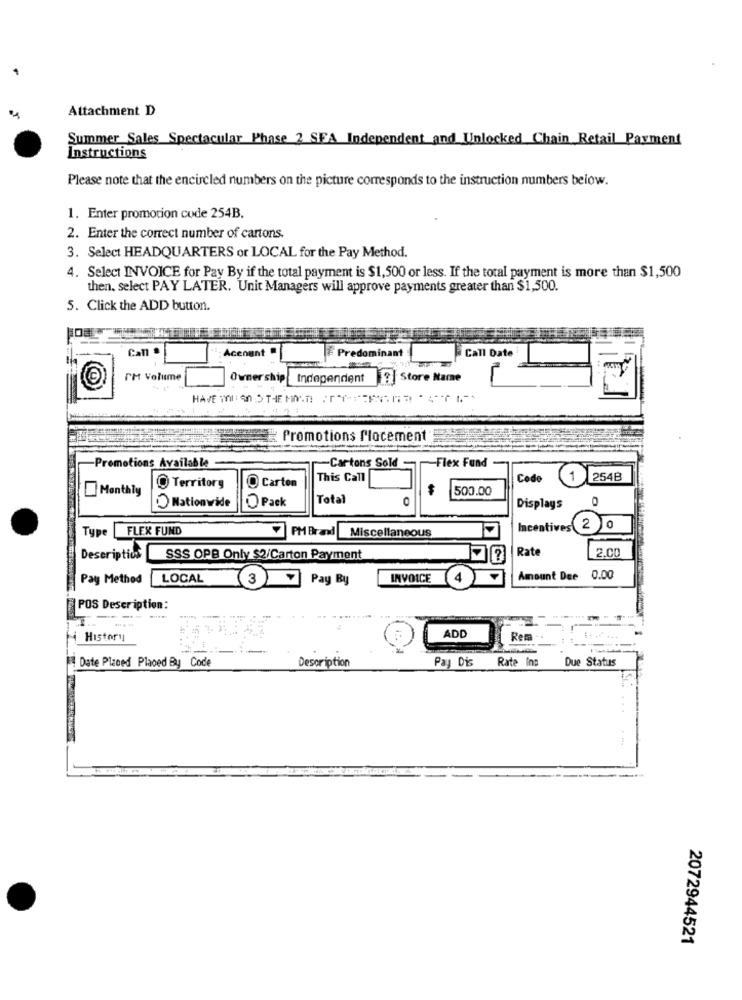
Attachment D
Summer Sales Spectacular Phase 2 SFA Independent and Unlocked Chain_Retail Payment
Instructions
Please note that the encircled numbers on the picture corresponds to the instruction numbers below.
1. Enter promotion code 254B.
2. Enter the correct number of cartons.
3. Select HEADQUARTERS or LOCAL for the Pay Method.
4. Select INVOICE for Pay By if the total payment is $1,500 or less. If the total payment is more than $1,500
then. select PAY LATER. Unit Managers will approve payments greater than $1,500.
5. Click the ADD button.
Can
Account
Predominant
Call Date
IM Volume
Ownership Independent ?] Store Name
Promotions flocement
Flex Fund
-Promotions Available
-Cartons Sold
This Call
Code
1
254B
O Territory
O Carton
500.00
Monthly
0 Pack
Total
O
Nationwide
Displays
Type FLEX FUND
Incentives 2 0
7 PM Bradd Miscellaneous
Rate
2.CO
Descriptions
SSS OPB Only $2/Carton Payment
Pay Method
LOCAL
3 Pay By
INVOICE
4
Amount Due
0.00
POS Description:
-- -
ADD
History
Rem
Date Placed Placed By Code
Description
Pay Dis
Rate Ino
Due Status
2072944521